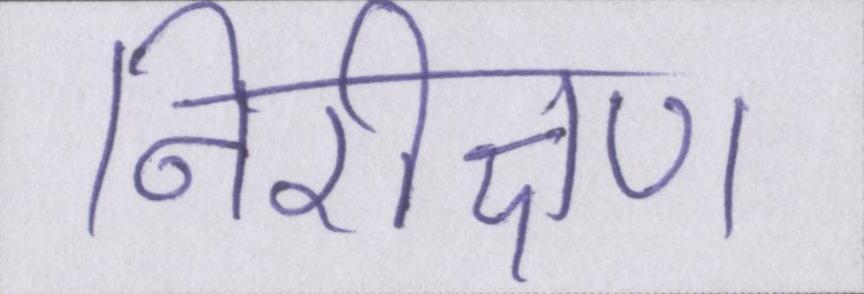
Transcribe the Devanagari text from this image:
निरीक्षण